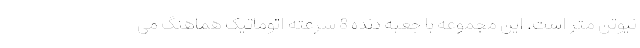
نیوتن متر است. این مجموعه با جعبه دنده 8 سرعته اتوماتیک هماهنگ می